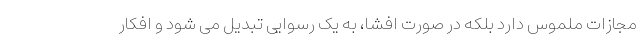
مجازات ملموس دارد بلکه در صورت افشا، به یک رسوایی تبدیل می شود و افکار